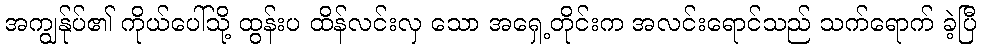
အကျွန်ုပ်၏ ကိုယ်ပေါ်သို့ ထွန်းပ ထိန်လင်းလှ သော အရှေ့တိုင်းက အလင်းရောင်သည် သက်ရောက် ခဲ့ပြီ